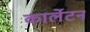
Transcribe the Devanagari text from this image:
कार्लेटन